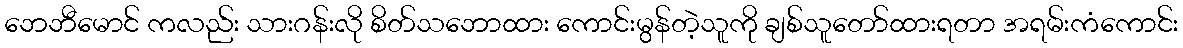
ဘေဘီမောင် ကလည်း သားဂန်းလို စိတ်သဘောထား ကောင်းမွန်တဲ့သူကို ချစ်သူတော်ထားရတာ အရမ်းကံကောင်း